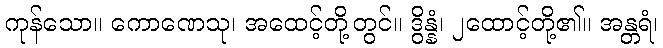
ကုန်သော။ ကောဏေသု၊ အထေင့်တို့တွင်။ ဒွိန္နံ၊ ၂ထောင့်တို့၏။ အန္တရံ၊